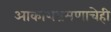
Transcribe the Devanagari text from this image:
आकाशभ्रमणाचेही